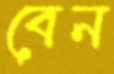
বেন